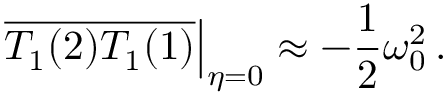
\left. \overline { { T _ { 1 } ( 2 ) T _ { 1 } ( 1 ) } } \right| _ { \eta = 0 } \approx - \frac { 1 } { 2 } \omega _ { 0 } ^ { 2 } \, .